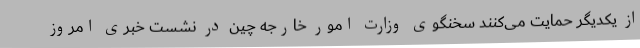
از یکدیگر حمایت می‌کنند سخنگوی وزارت امور خارجه چین در نشست خبری امروز